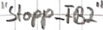
Text: "Stopp_FB2"